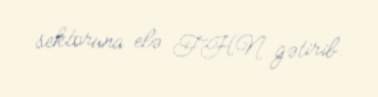
sektoruna elə FHN gətirib.